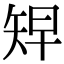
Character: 𥏅